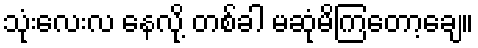
သုံးလေးလ နေလို့ တစ်ခါ မဆုံမိကြတော့ချေ။